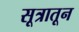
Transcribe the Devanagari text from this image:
सूत्रातून